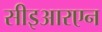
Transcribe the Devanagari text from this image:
सीइआरएन